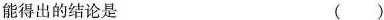
能得出的结论是 ( )